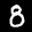
Label: 8